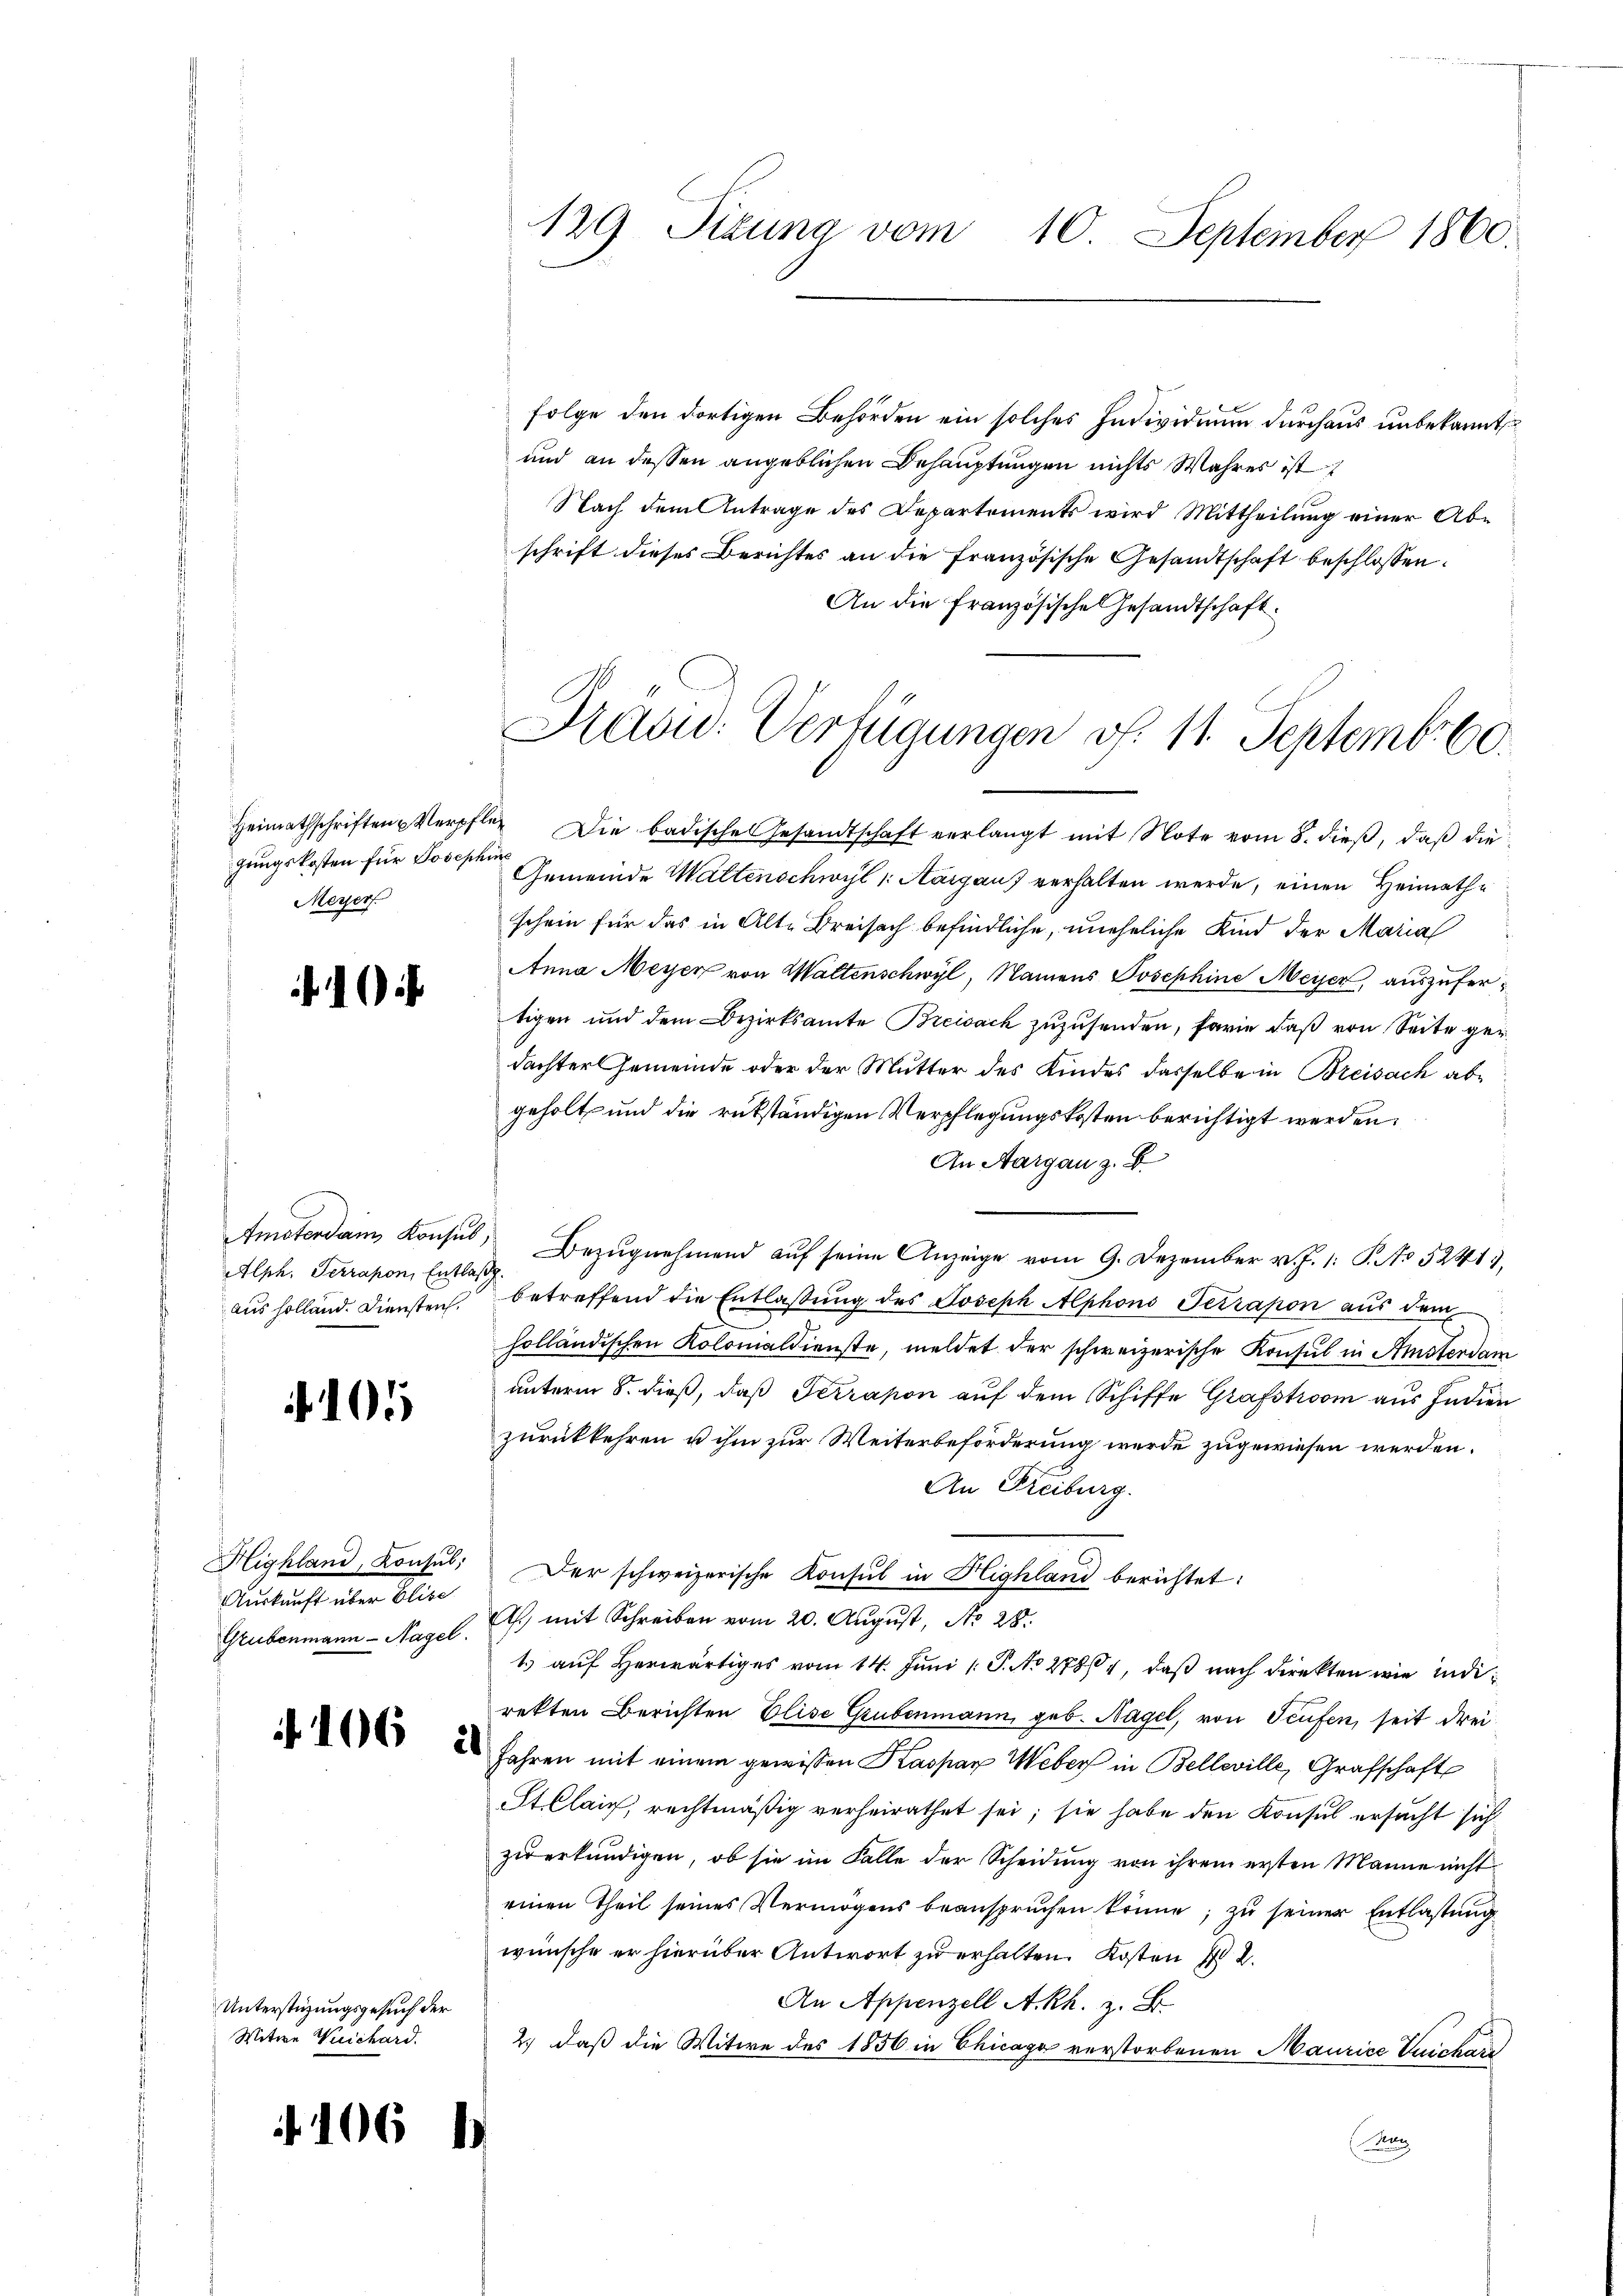
gungskosten für Josephine
Meyer

1

Alph. Terrapon, Entlaß
aus holland. Diensten.

10

Highland, Konsul,
Auskunft über Elise
Grubenmann - Nagel.

106

106

d

Unterstüzungsgesuch der
Witwe Weichard.

2

129. Sizung vom 10. September 1860.

folge den dortigen Behörden ein solches Individium durchaus unbekannt
und an dessen angeblichen Behauptungen nichts Wahres ist
Nach dem Antrage des Departements wird Mittheilung einer Ab-
schrift dieses Berichtes an die französische Gesandtschaft beschlossen:
An die Französische Gesandtschaft.

Haad: Verfügungen f. 11. September 60.

Heimathschriften Verpfler Die badische Gesandtschaft verlangt mit Note vom 8. dieβ, daβ die
Gemeinde Waltenschwyl 1: Aargau verhalten werde, einen Heimathe
schein für das in Alte Breisach befindliche, uneheliche Kind der Marial
Anna Meyer von Waltenschwyl, Namens Josephine Meyer, auszufertigen und dem Bezirksamte Breisach zuzusenden, ferie daß von Seite gerdachter Gemeinde oder der Mutter des Kindes dasselbe in Breisach abe
geholt und die rükständigen Verpflegungskosten berichtigt werden.
An Aargau z. B.
Amsterdam Konsul Bezugnehmend auf seine Anzeige vom 9. Dezember v. J. 1: P. No 5241,
betreffend die Entlaßung des Joseph Alphons Terrapon aus dem
holländischen Kolomaldienste, meldet der schweizerische Konsul in Amsterdam
unterm 8. dieß, daß Serrapon auf dem Schiffe Grafstroom aus Indien
zurückkehren u ihm zur Weiterbeförderung wurde zugewiesen werden.
An Freiburg.
Der schweizerische Konsul in Highland berichtet:
As) mit Schreiben vom 20. August, No 28.
1. aŭf herwärtiges vom 14. Juni /: P. No 27864, daß nach direkten wie indirekten Berichten Elise Grubenmann, geb. Nagel, von Teufen, seit drei¬
Jahren mit einem gewissen Kaspar Weber in Belleville, Grafschaft
St Claig, rechtmäßig verheirathet sei; sie habe den Konsul ersucht sich
zuerkündigen, ob sie im Falle der Scheidung von ihrem ersten Manne nicht
einen Theil seines Vermögens beanspruchen könne, zŭ seiner Entlastung
wünsche er hierüber Antwort zu erhalten. Kosten No 2.
An Appenzell A.-Rh. z. B.
2.) daß die Witwe des 1856 in Chicago verstorbenen Maurice Vuicharz
(Bu